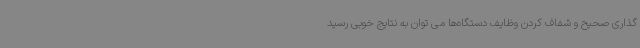
گذاری صحیح و شفاف کردن وظایف دستگاه‌ها می توان به نتایج خوبی رسید